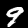
Digit: 9